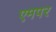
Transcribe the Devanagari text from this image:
एमपर